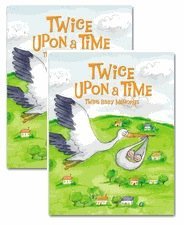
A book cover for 2 Pack - Twice Upon A Time: Twins Memory Books; Lynn Lorenz; Crafts, Hobbies & Home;